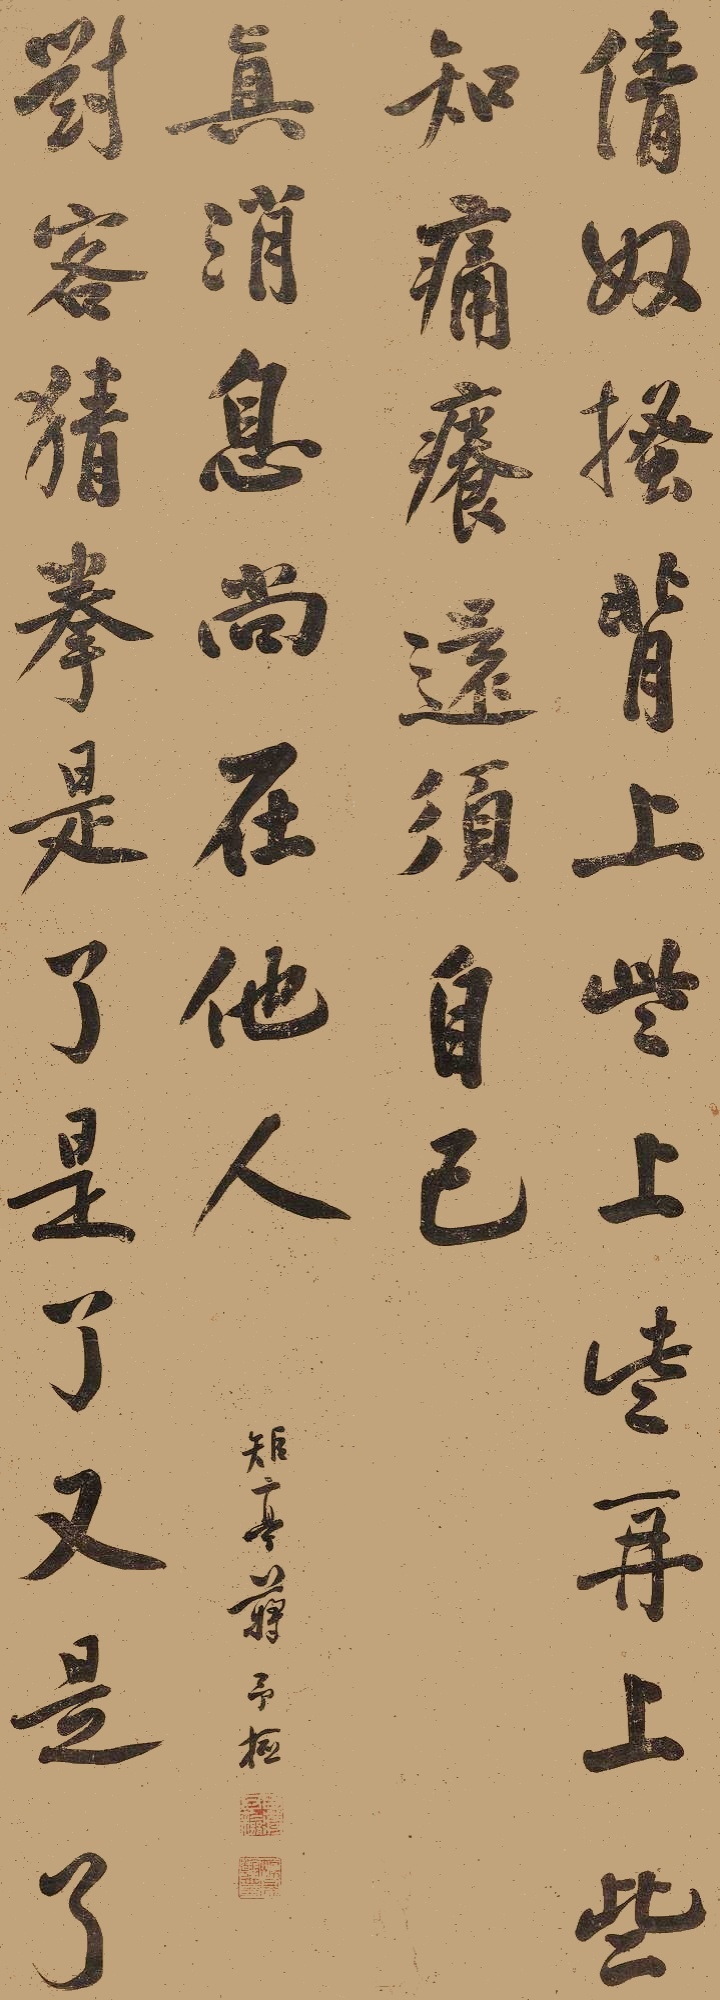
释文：倩奴搔背，上些上些再上些，知痛痒还须自己；对客猜拳，是了是了又是了，真消息尚在他人。矩亭蒋予检。